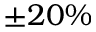
\pm 2 0 \%